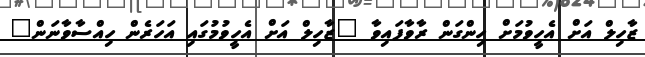
ޒާހިލް އަށް އެހީވުމަށް ހިންގަން ރާވާފައިވާ "ޒާހިލް އަށް އެހީވުމުގައި އަހަރެން ހިއްސާވާނަން"